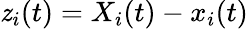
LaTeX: \mathit{z}_{i}(t)=X_{i}(t)-x_{i}(t)